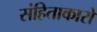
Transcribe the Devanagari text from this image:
संहिताकारों